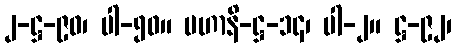
၂-ဋ္ဌ-၉၀၊ ပါ-၅၀။ မဟာနိ-ဋ္ဌ-၁၄၊ ပါ-၂။ ဋ္ဌ-၉၂၊